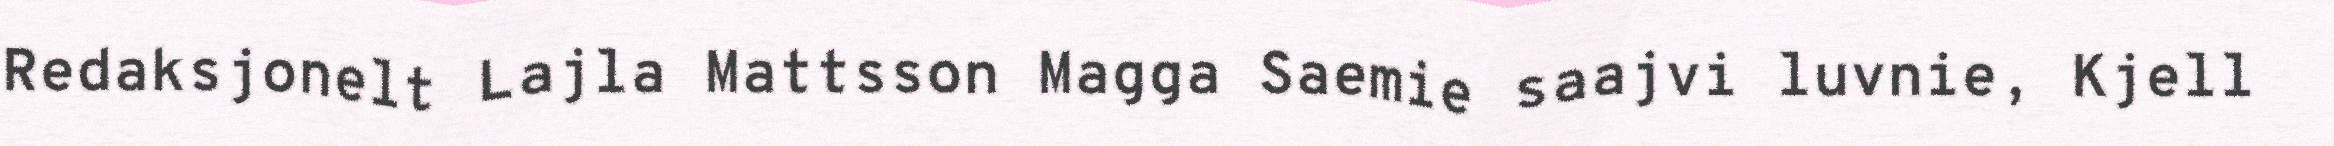
Redaksjonelt Lajla Mattsson Magga Saemie saajvi luvnie, Kjell